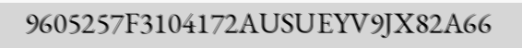
9605257F3104172AUSUEYV9JX82A66